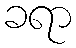
ခရာ